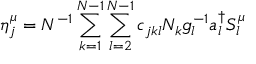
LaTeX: \eta _ { j } ^ { \mu } = N ^ { - 1 } \sum _ { k = 1 } ^ { N - 1 } \sum _ { l = 2 } ^ { N - 1 } c _ { j k l } N _ { k } g _ { l } ^ { - 1 } a _ { l } ^ { \dagger } S _ { l } ^ { \mu }